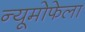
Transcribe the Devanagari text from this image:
न्यूमोफेला